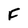
Character: F